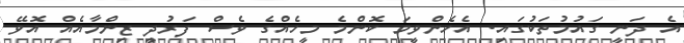
އެ ދަނީ ގައުމުތަކުގައި. އެހެންވީމަ ކޮންމެ މީހެއްގެ ވެސް ފަރުދީ ޒިންމާއެއް އޮވޭ